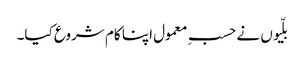
بلّیوں نے حسبِ معمول اپنا کام شروع کیا۔